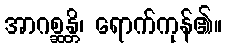
အာဂစ္ဆန္တိ၊ ရောက်ကုန်၏။